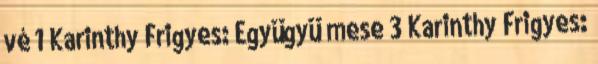
vé 1 Karinthy Frigyes: Együgyü mese 3 Karinthy Frigyes: